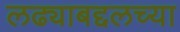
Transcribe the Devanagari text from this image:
लढ्याबद्दलच्या